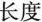
长度